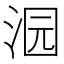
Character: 𱦜